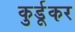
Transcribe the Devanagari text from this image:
कुर्डूकर